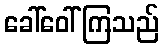
ခေါ်ဝေါ်ကြသည်